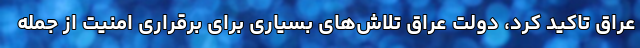
عراق تاکید کرد، دولت عراق تلاش‌های بسیاری برای برقراری امنیت از جمله